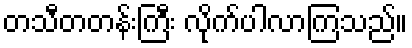
တသီတတန်းကြီး လိုက်ပါလာကြသည်။